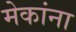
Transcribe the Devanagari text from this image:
मेकांना